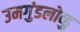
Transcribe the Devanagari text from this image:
उमगुंडलोव्हु